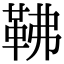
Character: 𩉽